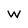
Character: w